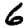
Digit: 6